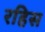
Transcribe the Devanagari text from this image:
रहिस